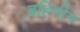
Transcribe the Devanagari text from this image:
ब्रहिमीन